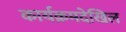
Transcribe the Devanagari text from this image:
कार्यक्रमदेखिल